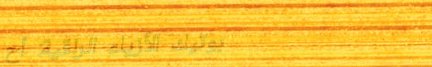
بوتيك الأزياء الراقية: أح